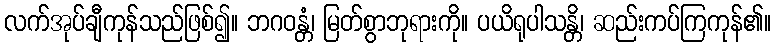
လက်အုပ်ချီကုန်သည်ဖြစ်၍။ ဘဂဝန္တံ၊ မြတ်စွာဘုရားကို။ ပယိရုပါသန္တိ၊ ဆည်းကပ်ကြကုန်၏။